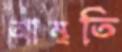
আমৃতি